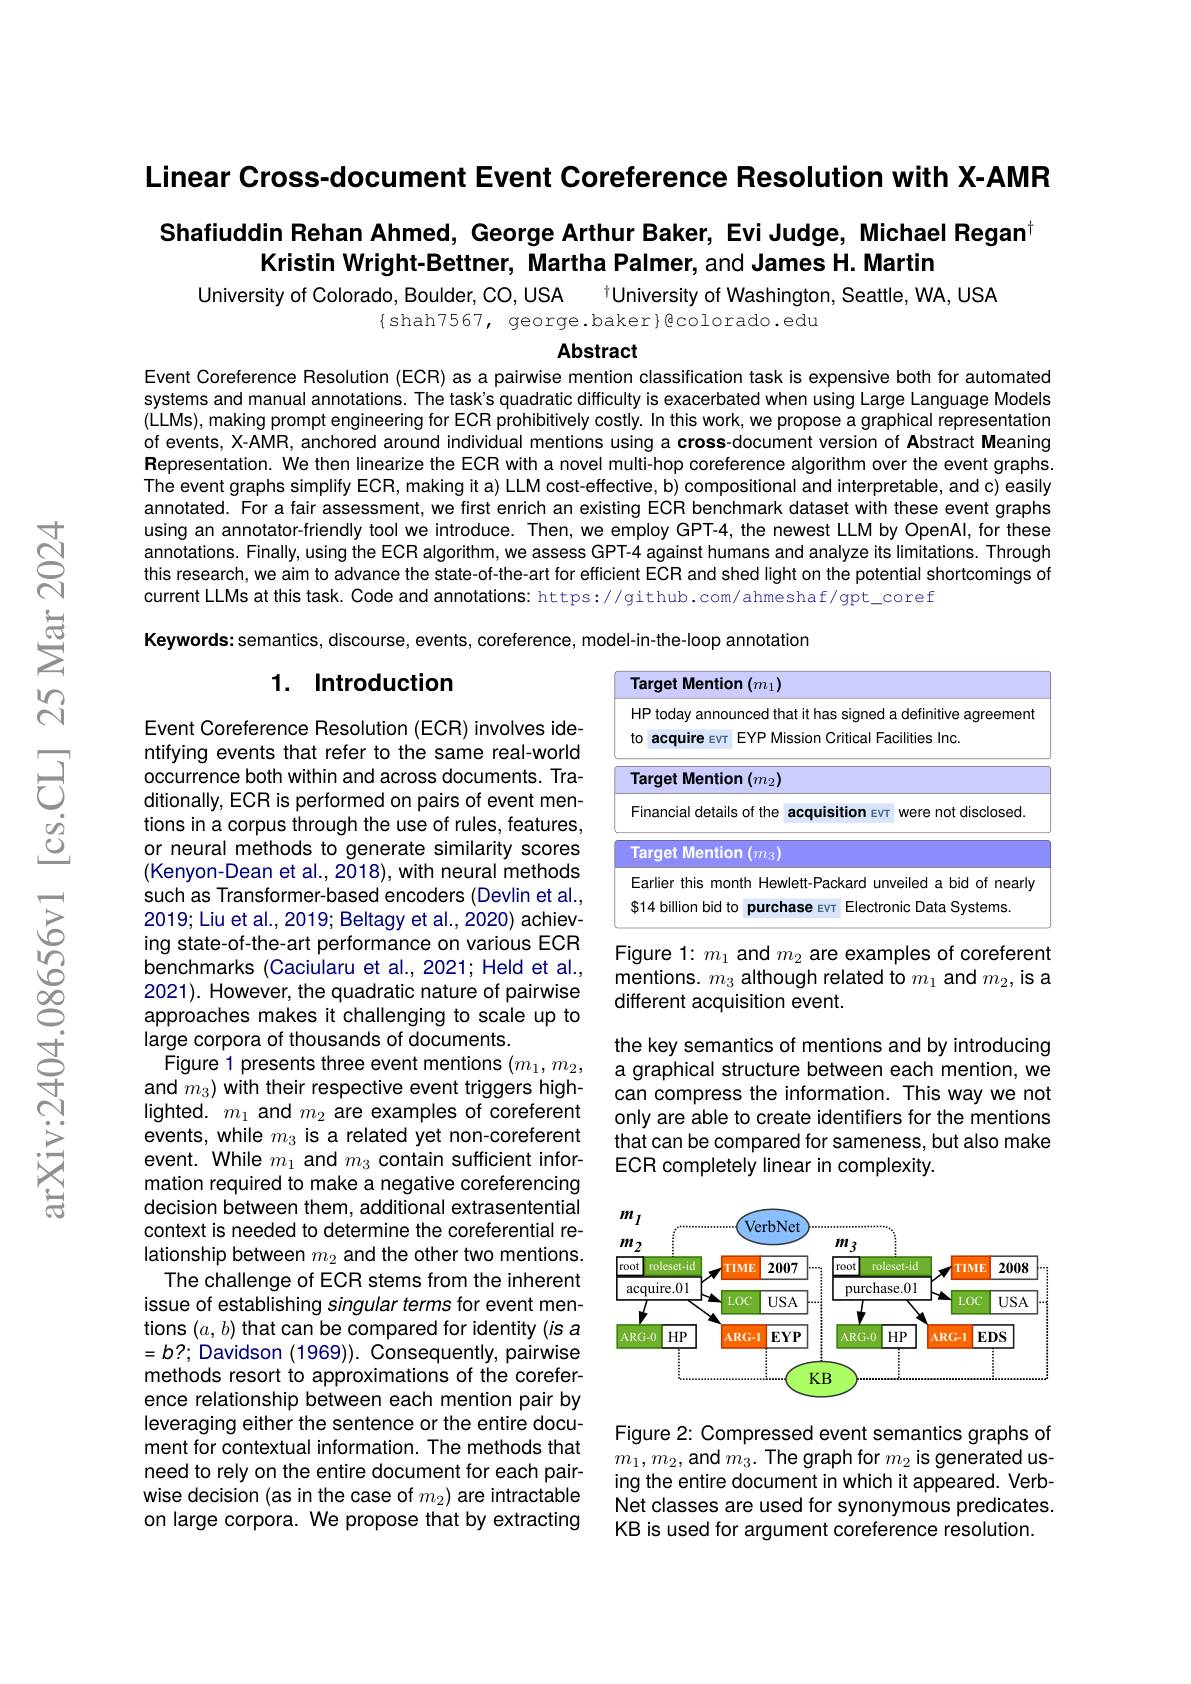
Linear Cross-document Event Coreference Resolution with X-AMR

## Shafiuddin Rehan Ahmed, George Arthur Baker, Evi Judge, Michael Regant Kristin Wright-Bettner, Martha Palmer, and James H. Martin

University of Colorado, Boulder, CO, USA
tUniversity of Washington, Seattle, WA, USA
$\{$shah7567, george.baker}Bcolorado.edu

Abstract

Event Coreference Resolution (ECR) as a pairwise mention classification task is expensive both for automated systems and manual annotations. The task's quadratic difficulty is exacerbated when using Large Language Models (LLMs), making prompt engineering for ECR prohibitively costly. In this work, we propose a graphical representation of events, X-AMR, anchored around individual mentions using a cross-document version of Abstract Meaning Representation. We then linearize the ECR with a novel multi-hop coreference algorithm over the event graphs The event graphs simplify ECR, making it a) LLM cost-effective, b) compositional and interpretable, and c) easily annotated. For a fair assessment, we first enrich an existing ECR benchmark dataset with these event graphs using an annotator-friendly tool we introduce. Then, we employ GPT-4, the newest LLM by OpenAl, for these annotations. Finally, using the ECR algorithm, we assess GPT-4 against humans and analyze its limitations. Through this research, we aim to advance the state-of-the-art for efficient ECR and shed light on the potential shortcomings of current LLMs at this task. Code and annotations: https://github.com/ahmeshaf/gpt\_coref
Keywords: semantics, discourse, events, coreference, model-in-the-loop annotation

## 1. Introduction

<table>
	<tbody>
		<tr>
			<td>Target Mention $(m_{1})$</td>
			<td> </td>
		</tr>
		<tr>
			<td>HP today announced that it has</td>
			<td>definitive agreement</td>
		</tr>
		<tr>
			<td>$t0$ acquire $3EVT$ EYP Mission C</td>
			<td>cilities Inc.</td>
		</tr>
		<tr>
			<td>Target Mention $(m_{2})$</td>
			<td> </td>
		</tr>
		<tr>
			<td>Financial details of the 211 acquisi</td>
			<td>were not disclosed.</td>
		</tr>
		<tr>
			<td>Target Mention $(m_{3})$</td>
			<td> </td>
		</tr>
		<tr>
			<td>Earlier this month Hewlett-Pac</td>
			<td>reiled a bid of nearly</td>
		</tr>
		<tr>
			<td>S14 billion bid to purchase $:EVT$</td>
			<td>$1ic$ $:Data$ Systems.</td>
		</tr>
	</tbody>
</table>

Figure 1: $m_1$ and $m_2$ are examples of coreferent mentions. $m_3$ although related to $m_1$ and $m_2$,is a different acquisition event.

the key semantics of mentions and by introducing a graphical structure between each mention, we can compress the information. This way we not only are able to create identifiers for the mentions that can be compared for sameness, but also make ECR completely linear in complexity.

Event Coreference Resolution (ECR) involves identifying events that refer to the same real-world occurrence both within and across documents. Traditionally, ECR is performed on pairs of event mentions in a corpus through the use of rules, features, or neural methods to generate similarity scores (Kenyon-Dean et al., 2018), with neural methods such as Transformer-based encoders (Devlin et al., 2019; Liu et al., 2019; Beltagy et al., 2020) achieving state-of-the-art performance on various ECR benchmarks (Caciularu et al., 2021; Held et al., 2021). However, the quadratic nature of pairwise approaches makes it challenging to scale up to large corpora of thousands of documents.
Figure 1 presents three event mentions $(m_1,m_2$, and $m_3)$ with their respective event triggers highlighted. $m_{1}$ and $m_{2}$ are examples of coreferent events, while $m_3$ is a related yet non-coreferent event. While $m_1$ and $m_3$ contain sufficient information required to make a negative coreferencing decision between them, additional extrasentential context is needed to determine the coreferential relationship between $m_2$ and the other two mentions. The challenge of ECR stems from the inherent issue of establishing singular terms for event mentions $(a,b)$ that can be compared for identity (is a $=b?;$ Davidson (1969)). Consequently, pairwise methods resort to approximations of the coreference relationship between each mention pair by leveraging either the sentence or the entire document for contextual information. The methods that need to rely on the entire document for each pairwise decision (as in the case of $m_2)$ are intractable on large corpora. We propose that by extracting

<FigureHere>

Figure 2: Compressed event semantics graphs of $m_{1},m_{2}$,and $m_3.$ The graph for $m_{2}$ is generated using the entire document in which it appeared. VerbNet classes are used for synonymous predicates. KB is used for argument coreference resolution.